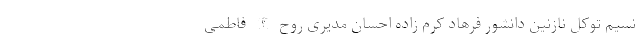
نسیم توکل نازنین دانشور فرهاد کرم زاده احسان مدیری روح الله فاطمی